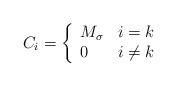
\begin{align*}C_i=\left\{\begin{array}{ll} M_\sigma&i=k\\0 & i\neq k\\\end{array}\right.\end{align*}